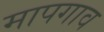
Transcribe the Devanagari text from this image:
मापगाव